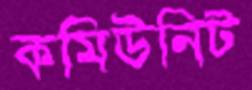
কমিউনিট